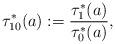
LaTeX: \begin{align*}\tau_{10}^{*}(a):=\frac{\tau^{*}_1(a)}{\tau^{*}_0(a)},\end{align*}